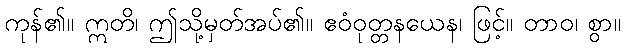
ကုန်၏။ ဣတိ၊ ဤသို့မှတ်အပ်၏။ ဧဝံဝုတ္တနယေန၊ ဖြင့်။ တာဝ၊ စွာ။